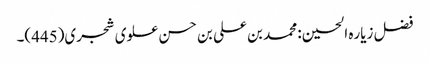
فضل زیاره الحسین: محمد بن علی بن حسن علوی شجری(445)۔